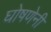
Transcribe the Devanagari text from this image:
घोषणेनी